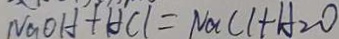
N a O H + H C l = N a C l + H _ { 2 } O